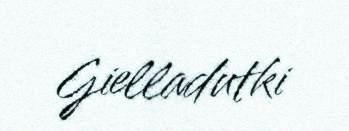
Gielladutki